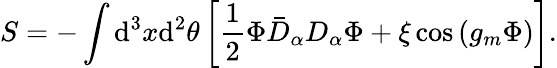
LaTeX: S=-\int\mathrm{d}^{3}x\mathrm{d}^{2}\theta\left[\frac{1}{2}\Phi\bar{{D}}_{\alpha}D_{\alpha}\Phi+\xi\cos\left(g_{m}\Phi\right)\right].